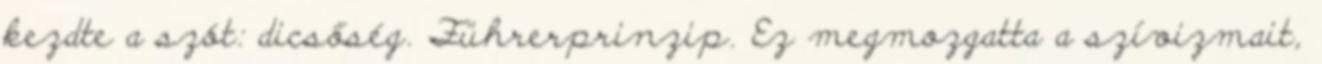
kezdte a szót: dicsőség. Führerprinzip. Ez megmozgatta a szívizmait,